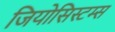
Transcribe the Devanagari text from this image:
जियोसिस्टम्स